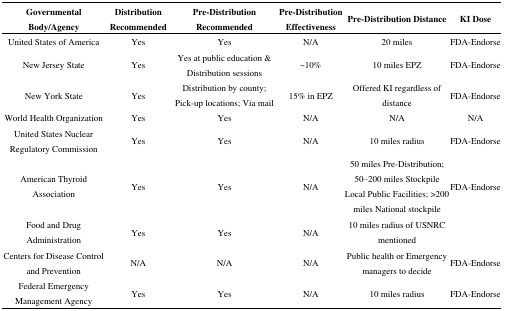
<table><thead><tr><td><b>Governmental Body/Agency</b></td><td><b>Distribution Recommended</b></td><td><b>Pre-Distribution Recommended</b></td><td><b>Pre-Distribution Effectiveness</b></td><td><b>Pre-Distribution Distance</b></td><td><b>KI Dose</b></td></tr></thead><tbody><tr><td>United States of America</td><td>Yes</td><td>Yes</td><td>N/A</td><td>20 miles</td><td>FDA-Endorse</td></tr><tr><td>New Jersey State</td><td>Yes</td><td>Yes at public education &amp; Distribution sessions</td><td>~10%</td><td>10 miles EPZ</td><td>FDA-Endorse</td></tr><tr><td>New York State</td><td>Yes</td><td>Distribution by county; Pick-up locations; Via mail</td><td>15% in EPZ</td><td>Offered KI regardless of distance</td><td>FDA-Endorse</td></tr><tr><td>World Health Organization</td><td>Yes</td><td>Yes</td><td>N/A</td><td>N/A</td><td>N/A</td></tr><tr><td>United States Nuclear Regulatory Commission</td><td>Yes</td><td>Yes</td><td>N/A</td><td>10 miles radius</td><td>FDA-Endorse</td></tr><tr><td>American Thyroid Association</td><td>Yes</td><td>Yes</td><td>N/A</td><td>50 miles Pre-Distribution; 50–200 miles Stockpile Local Public Facilities; &gt;200 miles National stockpile</td><td>FDA-Endorse</td></tr><tr><td>Food and Drug Administration</td><td>Yes</td><td>Yes</td><td>N/A</td><td>10 miles radius of USNRC mentioned</td><td></td></tr><tr><td>Centers for Disease Control and Prevention</td><td>N/A</td><td>N/A</td><td>N/A</td><td>Public health or Emergency managers to decide</td><td>FDA-Endorse</td></tr><tr><td>Federal Emergency Management Agency</td><td>Yes</td><td>Yes</td><td>N/A</td><td>10 miles radius</td><td>FDA-Endorse</td></tr></tbody></table>